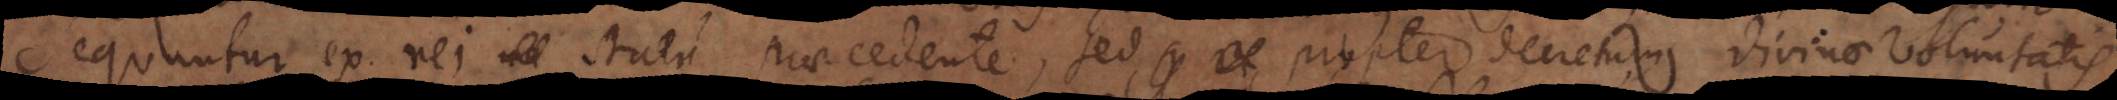
sequuntur ex rei statu praecedente, sed propter decretum divinae voluntatis.